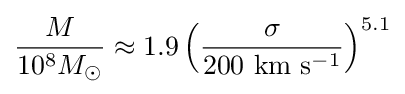
{\frac {M}{10^{8}M_{\odot }}}\approx 1.9\left({\frac {\sigma }{200~{\rm {km}}~{\rm {s}}^{-1}}}\right)^{5.1}